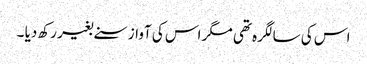
اس کی سالگرہ تھی مگر اس کی آواز سنے بغیر رکھ دیا ۔